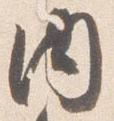
内